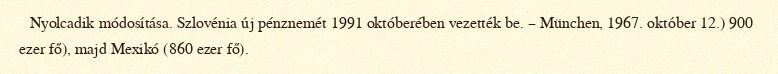
Nyolcadik módosítása. Szlovénia új pénznemét 1991 októberében vezették be. – München, 1967. október 12.) 900 ezer fő), majd Mexikó (860 ezer fő).